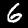
Digit: 6